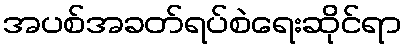
အပစ်အခတ်ရပ်စဲရေးဆိုင်ရာ